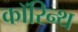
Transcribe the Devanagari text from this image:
कॉरिन्थ